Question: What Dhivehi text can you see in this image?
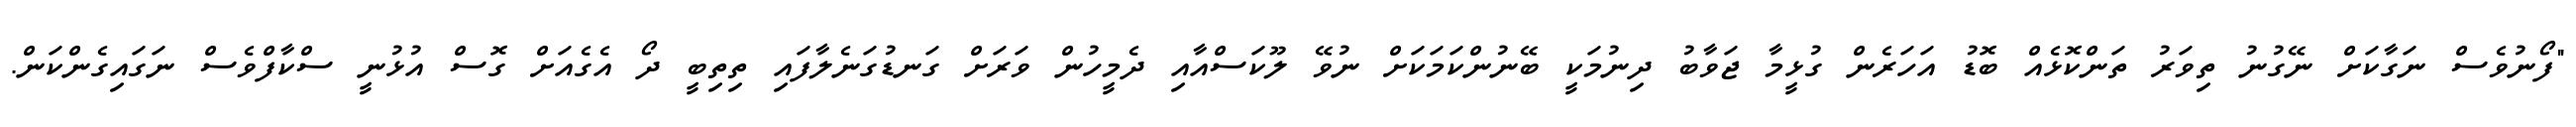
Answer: "ފޯނުވެސް ނަގާކަށް ނޭގުނު ތިވަރު ތަންކޮޅެއް ބޮޑު އަހަރެން ގުޅީމާ ޖަވާބު ދިނުމަކީ ބޭނުންކަމަކަށް ނުވޭ ލޫކަސްއާއި ދެމީހުން ވަރަށް ގަނޑުގަނެލާފައި ތިތިބީ ދޯ އެގެއަށް ގޮސް އުޅުނީ ސްކާފްވެސް ނަގައިގެންކަން.